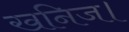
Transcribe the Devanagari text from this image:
खनिज।